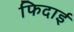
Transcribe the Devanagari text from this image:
फिदाई